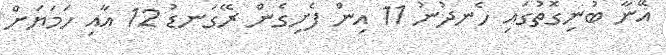
އޭނާ ބުނިގޮތުގައި ހެނދުނު 11 އިން ފެށިގެން ރޭގަނޑު 12 އާއި ހަމަޔަށް